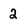
Character: 2